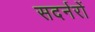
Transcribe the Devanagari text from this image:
सदर्नरों